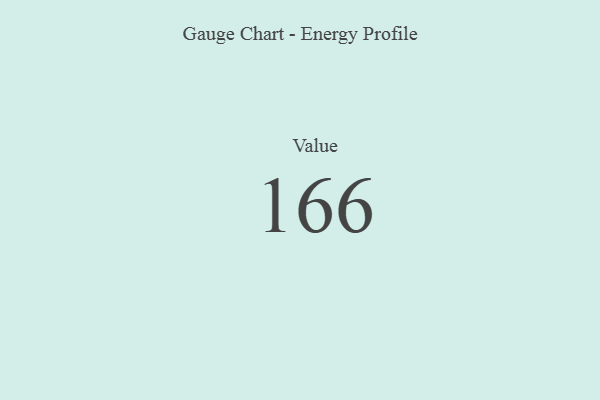
{"axis": {"x": "Metric", "y": "Value"}, "legend": [""], "data": [{"x": "Value", "y": 166, "type": ""}]}